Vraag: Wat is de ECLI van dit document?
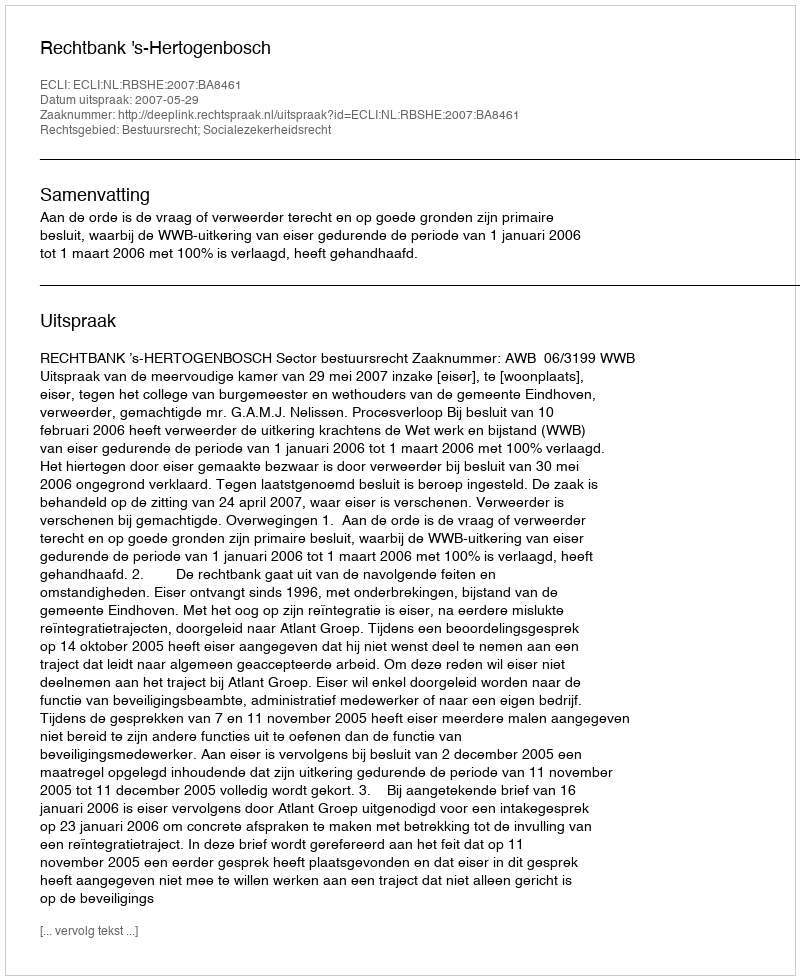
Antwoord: ECLI:NL:RBSHE:2007:BA8461